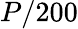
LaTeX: P/200